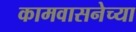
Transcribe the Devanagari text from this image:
कामवासनेच्या